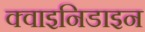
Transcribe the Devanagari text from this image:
क्वाइनिडाइन